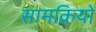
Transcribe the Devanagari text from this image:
सामक्रियों